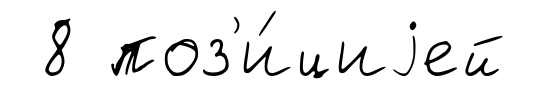
8 поз'и́циjей